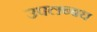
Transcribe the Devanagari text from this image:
उपलब्बध